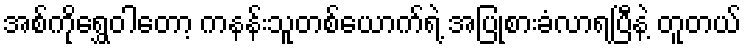
အစ်ကိုရွှေဝါတော့ ကနန်းသူတစ်ယောက်ရဲ့ အပြုစားခံလာရပြီနဲ့ တူတယ်